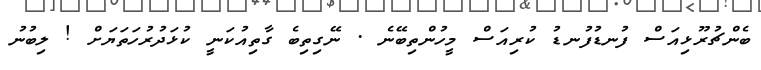
ބެންޗުރޫޅިއަސް ފުނޑުފުނޑު ކުރިއަސް މީހުންތިބޭނެ . ނޭގިތިބެ ގާތިއުކަނީ ކުޅަދުރުހަތަޔަށް ! ލިބުނު